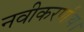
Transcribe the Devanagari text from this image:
नवीकरणीय।